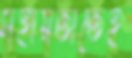
সহায়তাতেই